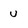
Character: u